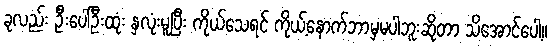
ခုလည်း ဦးပေါ်ဦးထုံး နှလုံးမူပြီး ကိုယ်သေရင် ကိုယ့်နောက်ဘာမှမပါဘူးဆိုတာ သိအောင်ပေါ့။